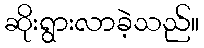
ဆိုးရွားလာခဲ့သည်။